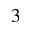
_ 3